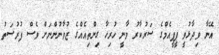
އޭނާ ވިދާޅުވީ ޕީޕީއެމްގެ ސަރުކާރު ވާނީ ހުރިހާ ގިންތިއެއްގެ ޒުވާނުންނަށް ވެސް ފުރުސަތު